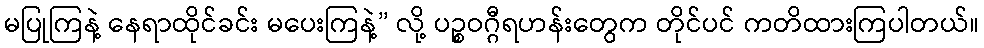
မပြုကြနဲ့ နေရာထိုင်ခင်း မပေးကြနဲ့” လို့ ပဉ္စဝဂ္ဂီရဟန်းတွေက တိုင်ပင် ကတိထားကြပါတယ်။